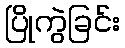
ပြိုကွဲခြင်း